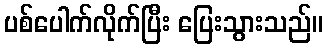
ပစ်ပေါက်လိုက်ပြီး ပြေးသွားသည်။